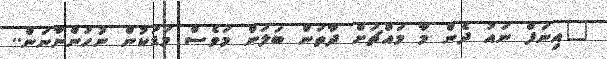
"އިނަފް ނައު ދެން މާ މައްޗަށް ދާތަން ބަލަން މަވެސް މަޑަކުން ނުހުންނާނަން..